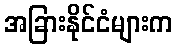
အခြားနိုင်ငံများက